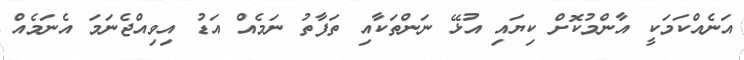
އަނެއްކަމަކީ އާންމުކޮށް ކިޔައި އުޅޭ ނަންތަކާއި ތަފާތު ނަމެއް އަޑު އިވިއްޖެނަމަ އެނަމެއް